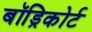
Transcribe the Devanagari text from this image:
बॉड्रिकोर्ट